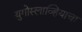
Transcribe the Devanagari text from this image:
युगोस्लाव्हियाचा